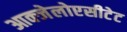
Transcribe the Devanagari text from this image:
आक्जेलोएसीटेट